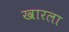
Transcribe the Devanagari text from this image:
खारला